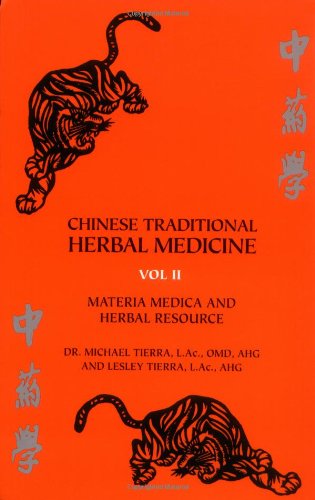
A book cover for Chinese Traditional Herbal Medicine Vol.II Materia Medica & Herbal Ref; Michael Tierra; Health, Fitness & Dieting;